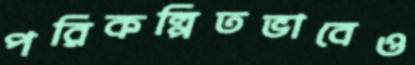
পরিকল্পিতভাবেও